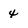
Character: 4